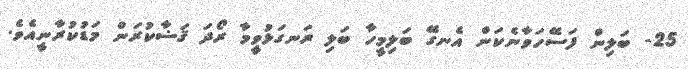
25- ބަލިން ފަސޭހަވާނެކަން އެނގޭ ބަލިމީހާ ބަލި ރަނގަޅުވީމާ ރޯދަ ޤަޟާކުރަން މަޑުކުރާނީއެވެ.